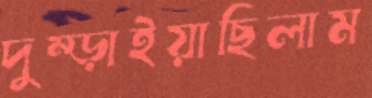
দুম্‌ড়াইয়াছিলাম